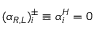
( \alpha _ { R , L } ) _ { i } ^ { \pm } \equiv \alpha _ { i } ^ { H } = 0